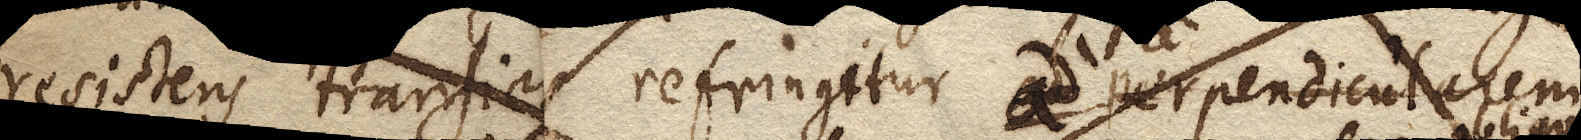
resistens transiens refringitur ad perpendicularem,